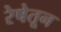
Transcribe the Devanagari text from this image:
रेषेतून